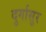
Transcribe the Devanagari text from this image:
दुर्गासुर